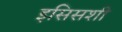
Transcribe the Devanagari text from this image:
इसिसशी